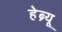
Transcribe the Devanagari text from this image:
हेब्र्यू